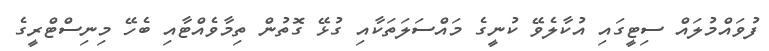
ފުވައްމުލައް ސިޓީގައި އުކާލެވޭ ކުނީގެ މައްސަލަތަކާއި ގުޅޭ ގޮތުން ތިމާވެއްޓާއި ބެހޭ މިނިސްޓްރީގެ